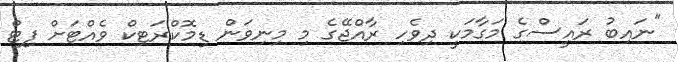
"ނައިބު ރައީސްގެ މަގާމަކީ ދިވެހި ރާއްޖޭގެ މި މިނިވަން ޑިމޮކްރަޓިކް ވެއްޓަށް ފިޓް